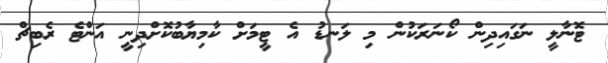
ޓޮނާލީ ނަގައިދިން ކޯނަރަކުން މި ލަނޑު އެ ޓީމަށް ކާމިޔާބުކޮށްދިނީ އަންޓެ ރެބިޗް